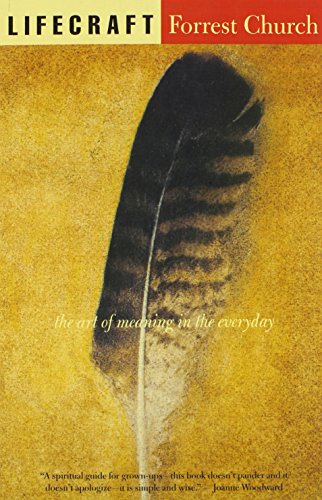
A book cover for Lifecraft: The Art of Meaning in the Everyday; Forrest Church; Religion & Spirituality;